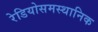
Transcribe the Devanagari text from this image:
रेडियोसमस्थानिक